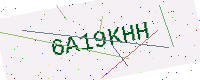
Text: 6A19KHH